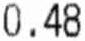
0.48